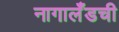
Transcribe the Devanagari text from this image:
नागालँडची